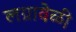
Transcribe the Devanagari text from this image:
लग्नावेळी